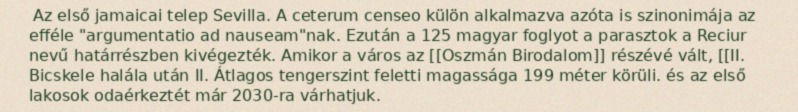
Az első jamaicai telep Sevilla. A ceterum censeo külön alkalmazva azóta is szinonimája az efféle "argumentatio ad nauseam"nak. Ezután a 125 magyar foglyot a parasztok a Reciur nevű határrészben kivégezték. Amikor a város az [[Oszmán Birodalom]] részévé vált, [[II. Bicskele halála után II. Átlagos tengerszint feletti magassága 199 méter körüli. és az első lakosok odaérkeztét már 2030-ra várhatjuk.